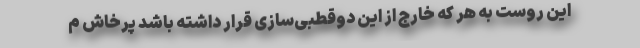
این روست به هر که خارج از این دوقطبی‌سازی قرار داشته باشد پرخاش م